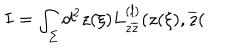
I = \int _ { \Sigma } d ^ { 2 } z ( \xi ) L _ { z \overline { { { z } } } } ^ { ( l ) } ( z ( \xi ) , \overline { { { z } } } (